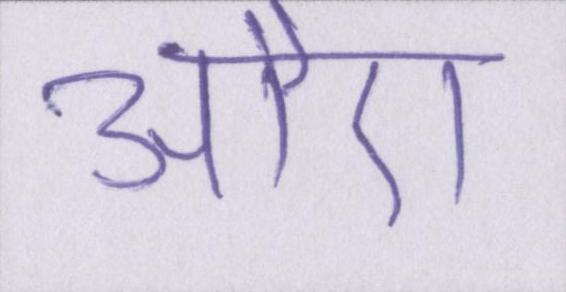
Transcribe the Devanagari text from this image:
औए